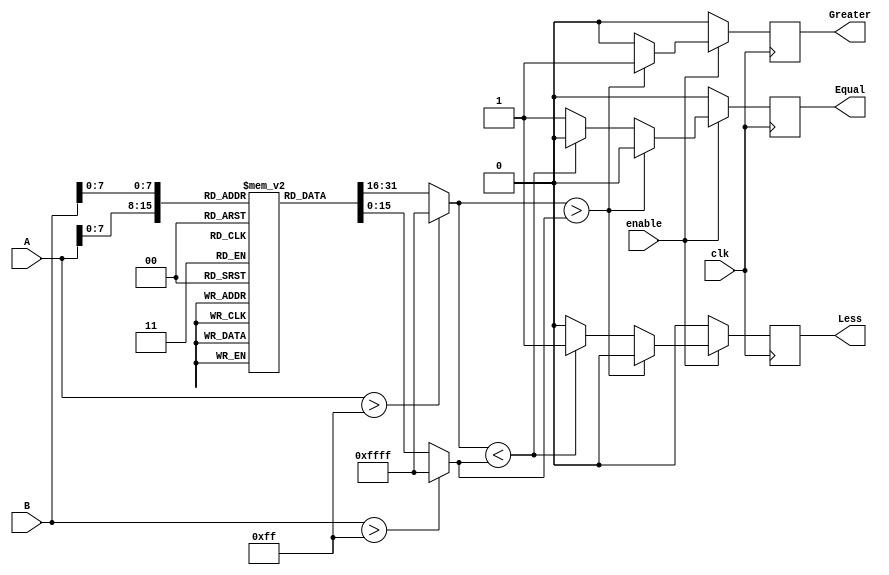
module LogarithmicComparator (
    input [15:0] A,          // First input value (16-bit)
    input [15:0] B,          // Second input value (16-bit)
    input clk,               // Clock signal
    input enable,            // Enable signal
    output reg Greater,      // Output signal A > B
    output reg Less,         // Output signal A < B
    output reg Equal         // Output signal A == B
);

// Logarithm lookup table (for simplicity, using a small range)
reg [15:0] log_table[0:255]; // Assuming inputs are 0-255 for the lookup table
initial begin
    // Initialize logarithm values; Normally, this would be precomputed
    // Example: log_table[0] = 0, log_table[1] = 0, log_table[2] = 1, etc.
    // Only a few values shown for placeholder
    log_table[0] = 16'b0;    // log(0) is undefined
    log_table[1] = 16'd0;    // log(1) = 0
    log_table[2] = 16'd1;    // log(2)
    log_table[3] = 16'd2;    // log(3)
    // ... fill in rest of the log_table
end

wire [15:0] logA;
wire [15:0] logB;

// Logarithmic transformation
assign logA = (A > 255) ? 16'hFFFF : log_table[A]; // clamp to max index
assign logB = (B > 255) ? 16'hFFFF : log_table[B]; // clamp to max index

// Comparator logic
always @(posedge clk) begin
    if (enable) begin
        if (logA > logB) begin
            Greater <= 1'b1;
            Less <= 1'b0;
            Equal <= 1'b0;
        end else if (logA < logB) begin
            Greater <= 1'b0;
            Less <= 1'b1;
            Equal <= 1'b0;
        end else begin
            Greater <= 1'b0;
            Less <= 1'b0;
            Equal <= 1'b1;
        end
    end else begin
        Greater <= 1'b0;
        Less <= 1'b0;
        Equal <= 1'b0; // Reset outputs when not enabled
    end
end

endmodule